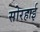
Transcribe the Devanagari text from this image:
सोरहाई